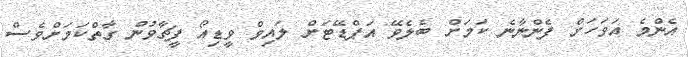
އެންމެ އަވަހަށް ފެންނާނެ ކަމަށް ބެލެވޭ އަޕްޑޭޓަށް ލައިވް ވީޑިއޯ ފީޗާވުން ގާތްކަމަށްވެސް